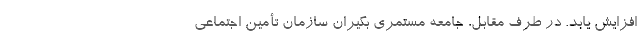
افزایش یابد. در طرف مقابل، جامعه مستمری بگیران سازمان تأمین اجتماعی